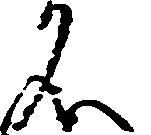
名